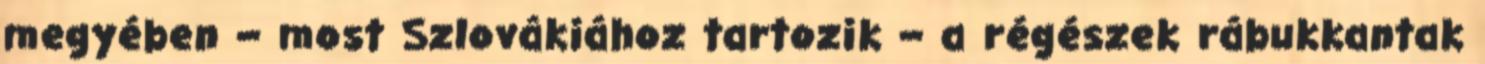
megyében – most Szlovákiához tartozik – a régészek rábukkantak